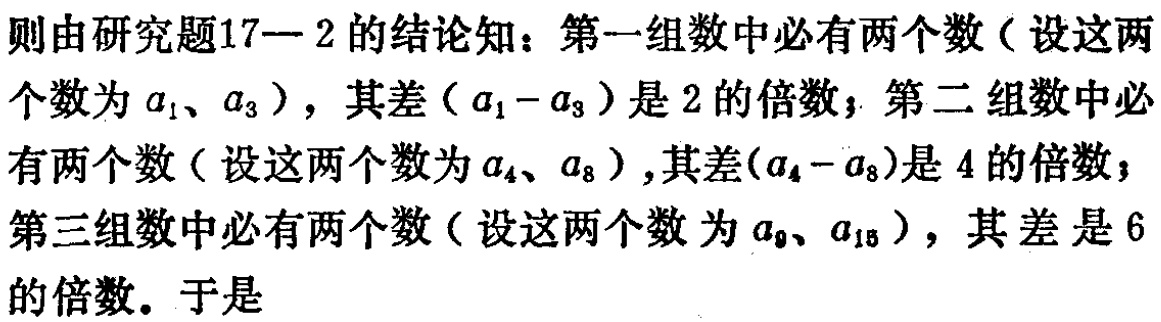
则由研究题17—2的结论知：第一组数中必有两个数（设这两个数为\(a_1\)、\(a_3\)），其差（\(a_1 - a_3\)）是2的倍数；第二组数中必有两个数（设这两个数为\(a_4\)、\(a_8\)）,其差(\(a_4 - a_8\))是4的倍数；第三组数中必有两个数（设这两个数为\(a_9\)、\(a_{15}\)），其差是6的倍数。于是